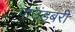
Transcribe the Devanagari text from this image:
पाउंडबरी